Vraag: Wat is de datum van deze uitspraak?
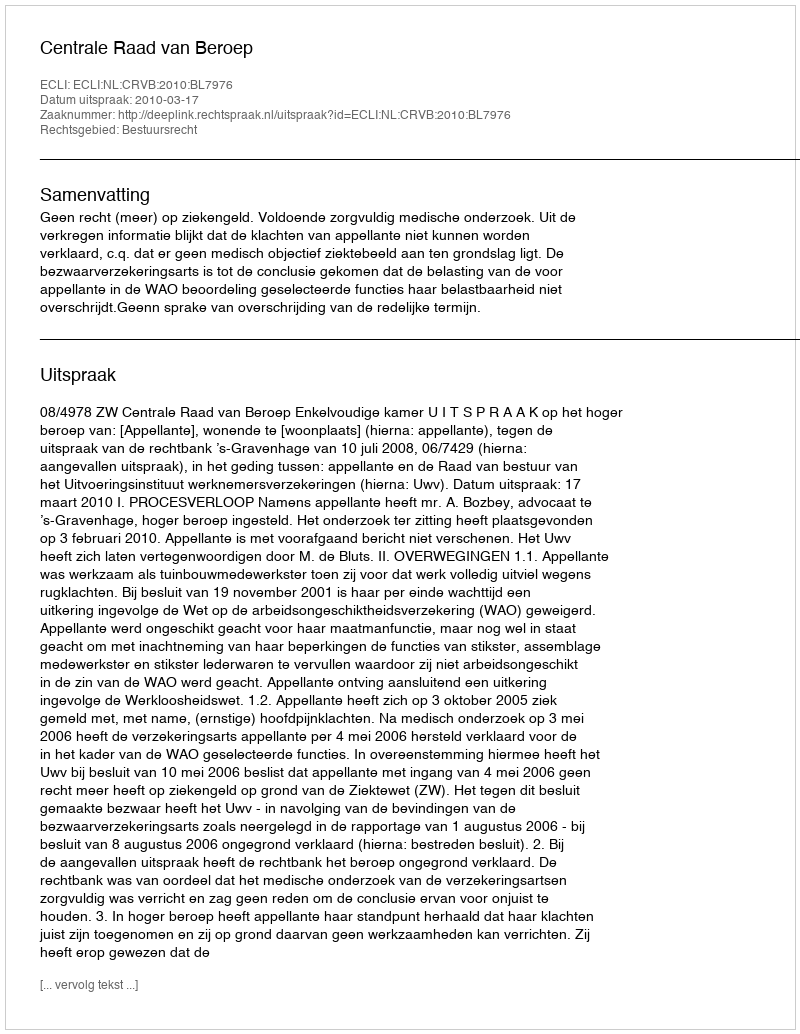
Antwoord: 2010-03-17